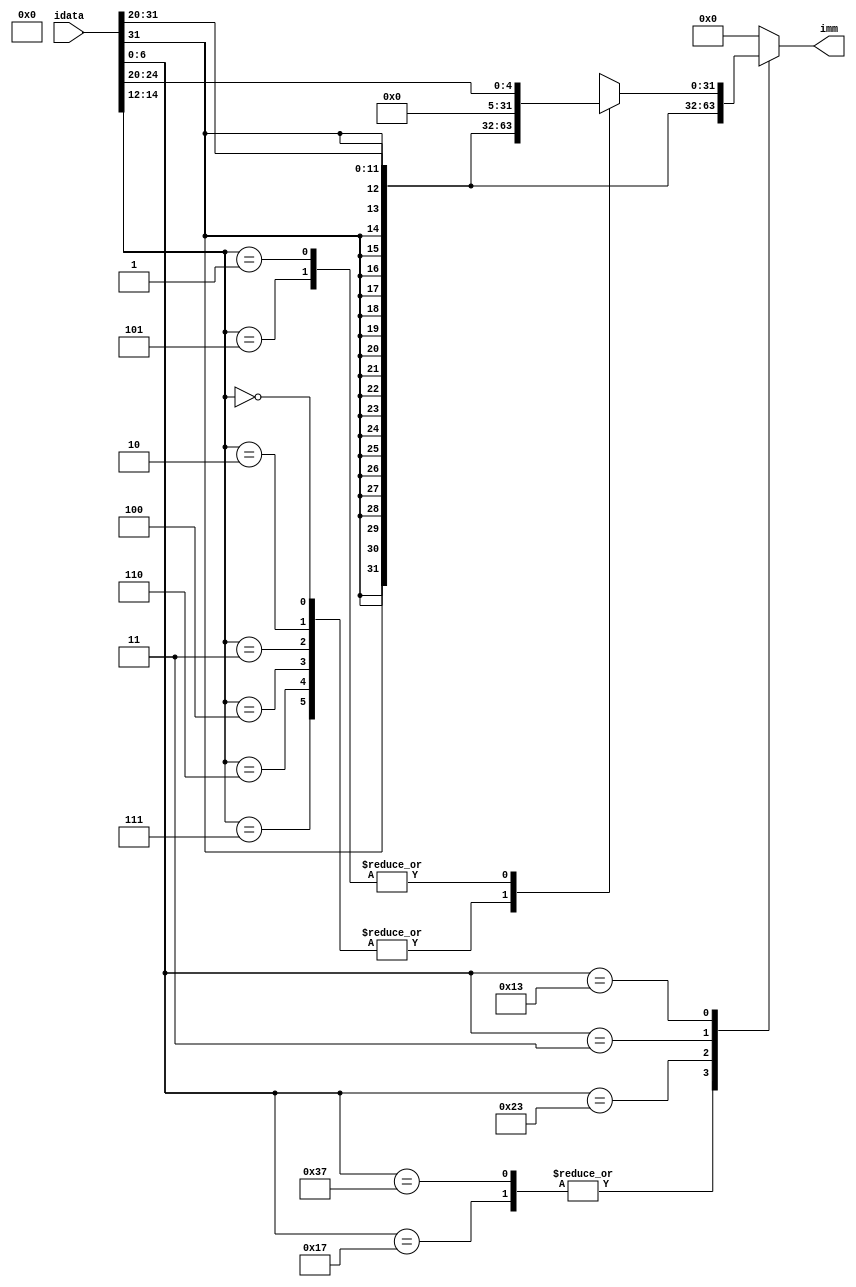
//**************************************************************
// Assignment 5
// Description: Immediate Value Generator
//              - Combinational Unit
//              - Generates all immediate values from the
//                instruction
//**************************************************************

module immGen ( input [31:0] idata,     // instruction
                output [31:0] imm       // immediate value
              );

    // localparam statements for opcodes
    localparam LUI = 7'b0110111;
    localparam AUIPC = 7'b0010111;
    localparam LXX = 7'b0000011;
    localparam SXX = 7'b0100011;
    localparam IXX = 7'b0010011;
    localparam RXX = 7'b0110011;

    // dummy register
    reg [31:0] imm_r;

    // combinational always block
    always @(idata) begin
        // Refer to RV32I ISA manual for extracting
        // immediate value from instruction
        case(idata[6:0])
            LUI,
            AUIPC:
                imm_r = {idata[31:12], 12'd0};
            SXX:
                imm_r = $signed({idata[31:25], idata[11:7]});
            LXX:
                imm_r = $signed(idata[31:20]);
            IXX:
                case(idata[14:12])
                    3'd0,
                    3'd2,
                    3'd3,
                    3'd4,
                    3'd6,
                    3'd7:
                        imm_r = $signed(idata[31:20]);
                    3'd1,
                    3'd5:
                        imm_r = {27'b0, idata[24:20]};
                endcase
            RXX:
                imm_r = 32'b0;
            default:
                imm_r = 32'b0;
        endcase
    end

    // assigning outputs
    assign imm = imm_r;

endmodule